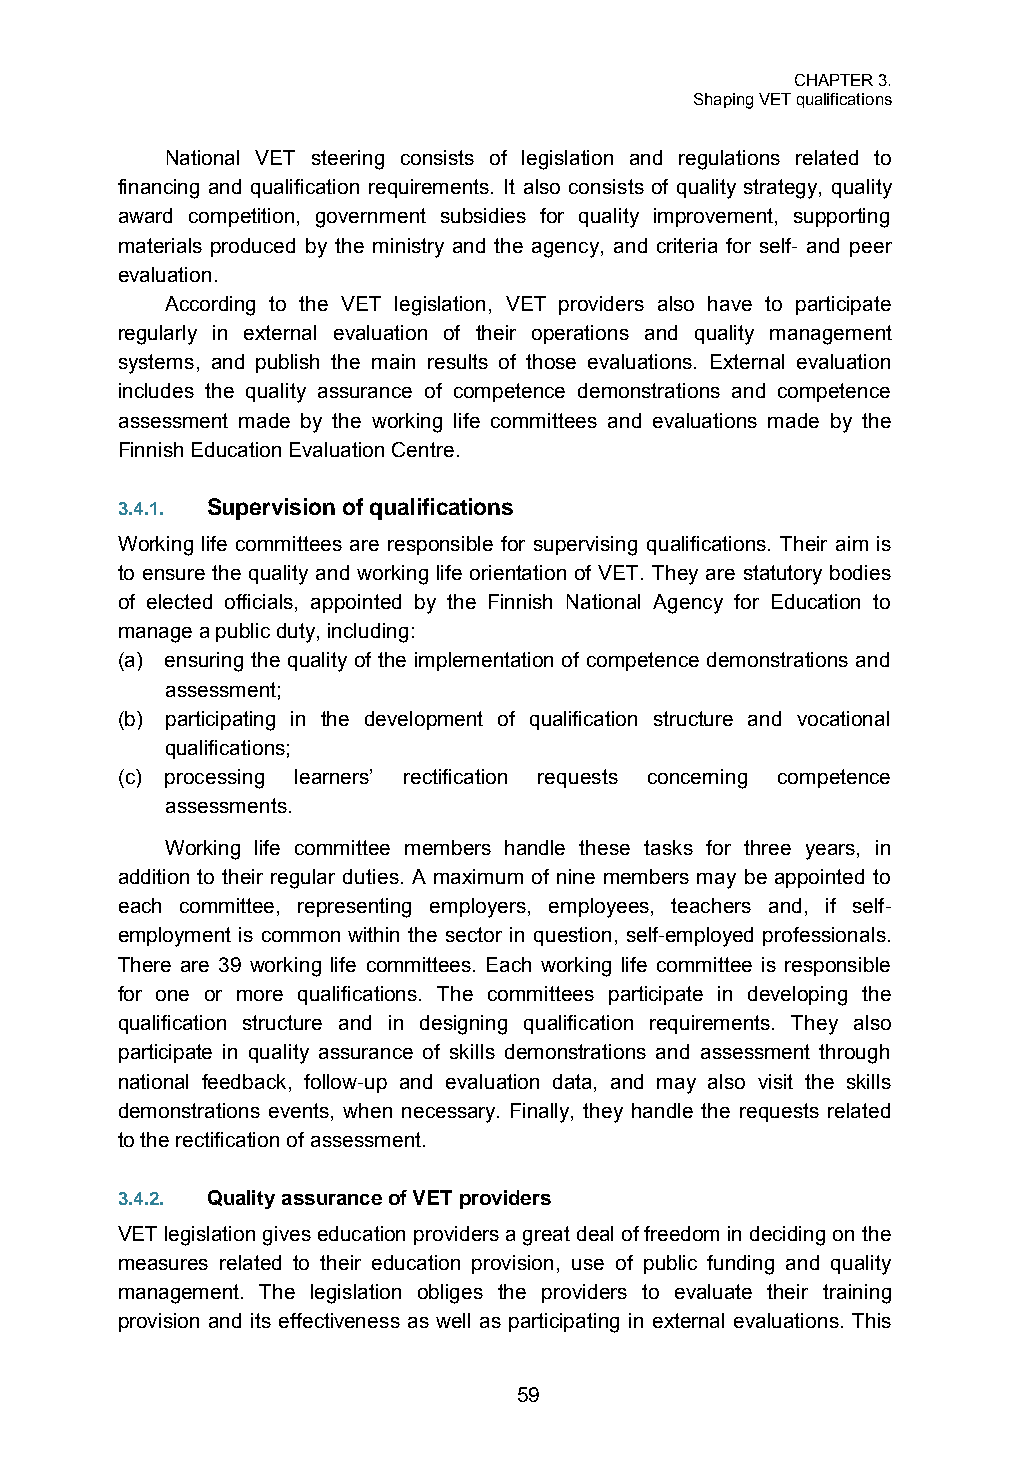
CHAPTER 3.
 Shaping VET qualifications
 National VET steering consists of legislation and regulations related to
 financing and qualification requirements. It also consists of quality strategy, quality
 award competition, government subsidies for quality improvement, supporting
 materials produced by the ministry and the agency, and criteria for self- and peer
 evaluation.
 According to the VET legislation, VET providers also have to participate
 regularly in external evaluation of their operations and quality management
 systems, and publish the main results of those evaluations. External evaluation
 includes the quality assurance of competence demonstrations and competence
 assessment made by the working life committees and evaluations made by the
 Finnish Education Evaluation Centre.
 3.4.1. Supervision of qualifications
 Working life committees are responsible for supervising qualifications. Their aim is
 to ensure the quality and working life orientation of VET. They are statutory bodies
 of elected officials, appointed by the Finnish National Agency for Education to
 manage a public duty, including:
 (a) ensuring the quality of the implementation of competence demonstrations and
 assessment;
 (b) participating in the development of qualification structure and vocational
 qualifications;
 (c) processing learners’ rectification requests concerning competence
 assessments.
 Working life committee members handle these tasks for three years, in
 addition to their regular duties. A maximum of nine members may be appointed to
 each committee, representing employers, employees, teachers and, if self-
 employment is common within the sector in question, self-employed professionals.
 There are 39 working life committees. Each working life committee is responsible
 for one or more qualifications. The committees participate in developing the
 qualification structure and in designing qualification requirements. They also
 participate in quality assurance of skills demonstrations and assessment through
 national feedback, follow-up and evaluation data, and may also visit the skills
 demonstrations events, when necessary. Finally, they handle the requests related
 to the rectification of assessment.
 3.4.2. Quality assurance of VET providers
 VET legislation gives education providers a great deal of freedom in deciding on the
 measures related to their education provision, use of public funding and quality
 management. The legislation obliges the providers to evaluate their training
 provision and its effectiveness as well as participating in external evaluations. This
 59